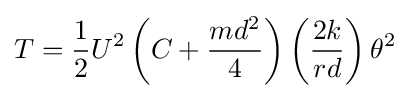
T={\frac {1}{2}}U^{2}\left(C+{\frac {md^{2}}{4}}\right)\left({\frac {2k}{rd}}\right)\theta ^{2}